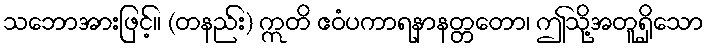
သဘောအားဖြင့်။ (တနည်း) ဣတိ ဧဝံပကာရနာနတ္တတော၊ ဤသို့အတူရှိသော